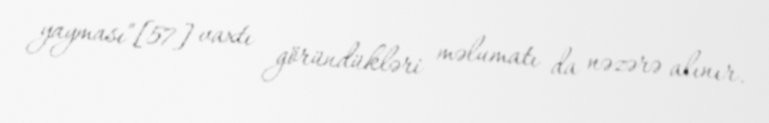
yayması"[57] vaxtı göründükləri məlumatı da nəzərə alınır.